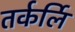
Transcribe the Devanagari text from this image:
तर्कर्लि